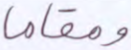
ومقاما